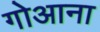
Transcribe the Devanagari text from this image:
गोआना